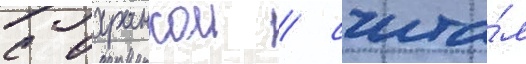
с охранкои / счита́л